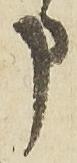
申